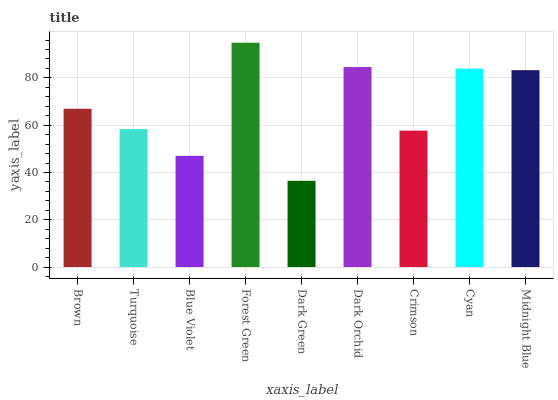
| xaxis_label | bars |
 | --- | --- |
 | Brown | 66.9 |
 | Turquoise | 58.3 |
 | Blue Violet | 47 |
 | Forest Green | 94.9 |
 | Dark Green | 36.5 |
 | Dark Orchid | 84.6 |
 | Crimson | 57.7 |
 | Cyan | 83.9 |
 | Midnight Blue | 83.3 |